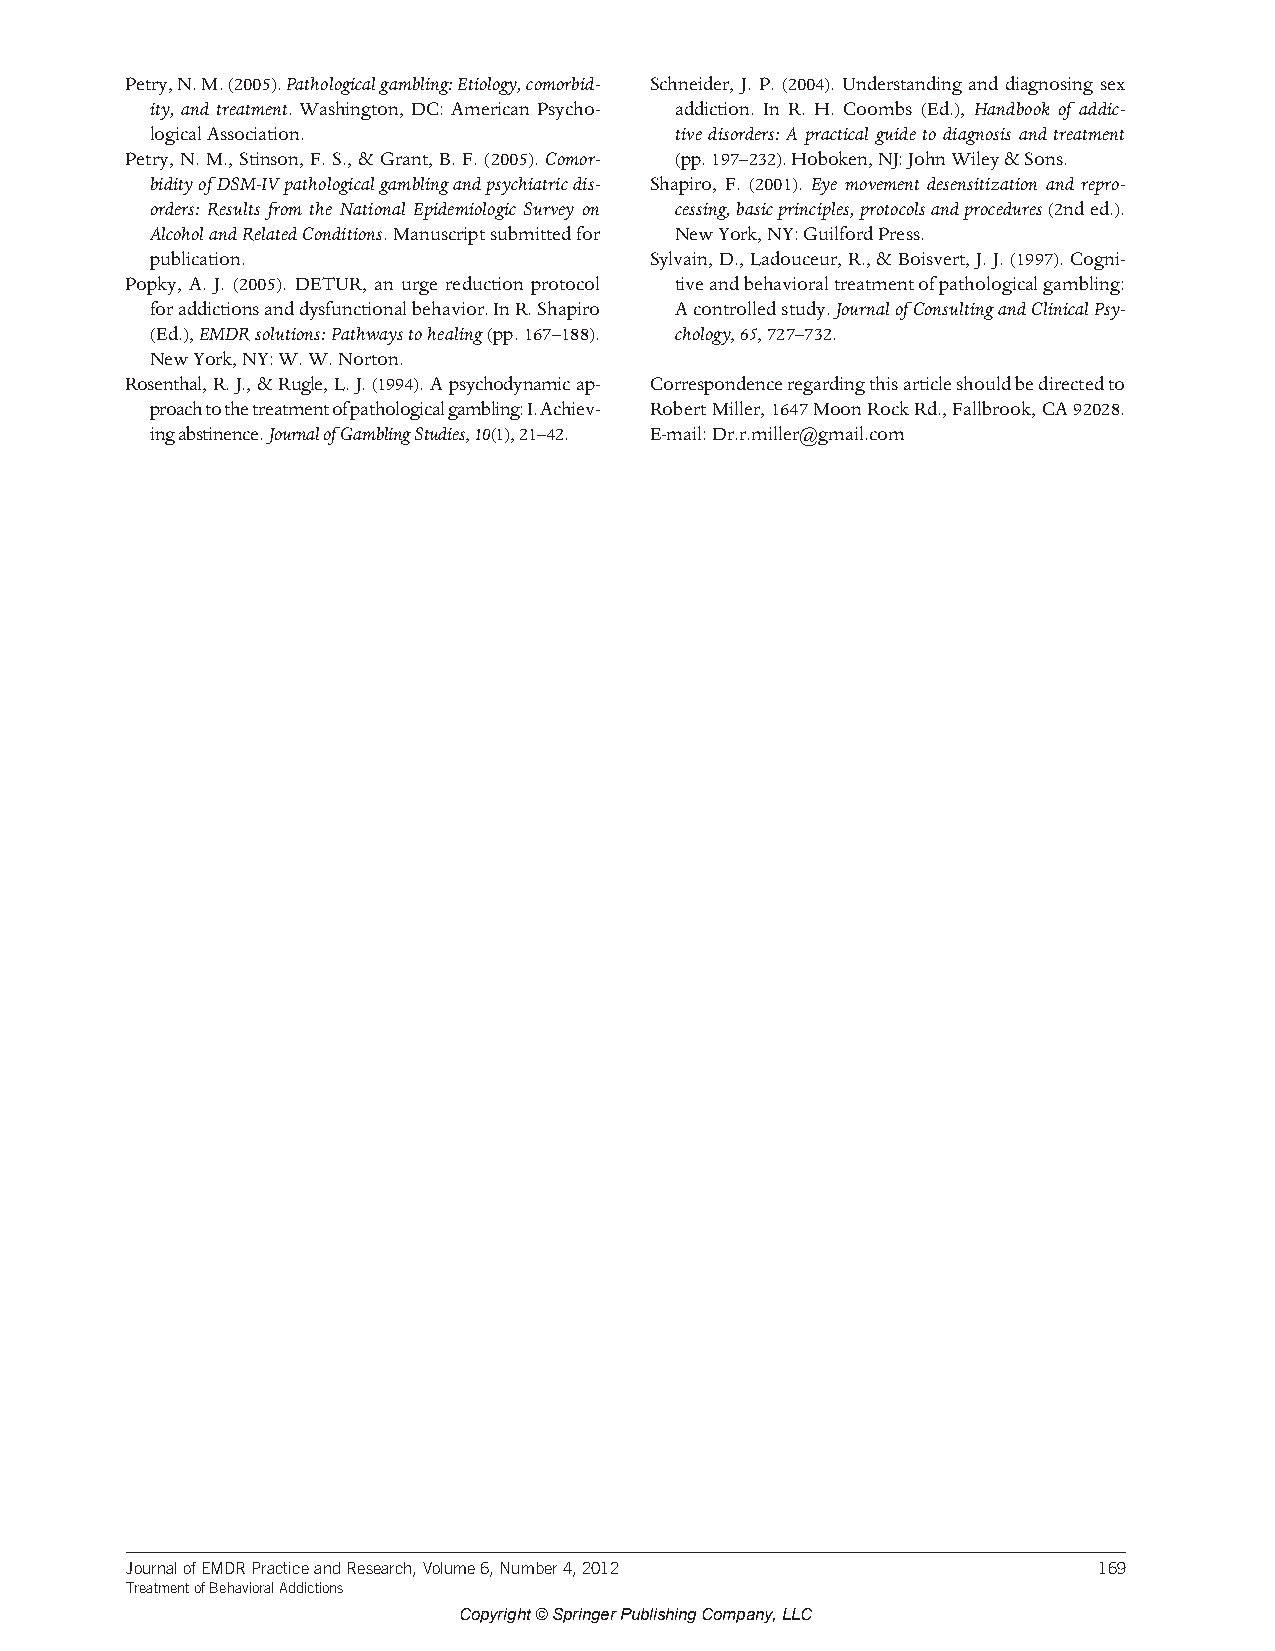
Petry, N. M. (2005). Pathological gambling: Etiology, comorbid- Schneider, J. P. (2004). Understanding and diagnosing sex
 ity, and treatment. Washington, DC: American Psycho- addiction. In R. H. Coombs (Ed.), Handbook of addic-
 logical Association.               tive disorders: A practical guide to diagnosis and treatment
 Petry, N. M., Stinson, F. S., & Grant, B. F. (2005). Comor- (pp. 197–232). Hoboken, NJ: John Wiley & Sons.
 bidity of DSM-IV pathological gambling and psychiatric dis- Shapiro, F. (2001). Eye movement desensitization and repro-
 orders: Results from the National Epidemiologic Survey on cessing, basic principles, protocols and procedures (2nd ed.).
 Alcohol and Related Conditions. Manuscript submitted for New York, NY: Guilford Press.
 publication.                     Sylvain, D., Ladouceur, R., & Boisvert, J. J. (1997). Cogni-
 Popky, A. J. (2005). DETUR, an urge reduction protocol tive and behavioral treatment of pathological gambling:
 for addictions and dysfunctional behavior. In R. Shapiro A controlled study. Journal of Consulting and Clinical Psy-
 (Ed.), EMDR solutions: Pathways to healing (pp. 167–188). chology, 65, 727–732.
 New York, NY: W. W. Norton.
 Rosenthal, R. J., & Rugle, L. J. (1994). A psychodynamic ap- Correspondence regarding this article should be directed to
 proach to the treatment of pathological gambling: I. Achiev- Robert Miller, 1647 Moon Rock Rd., Fallbrook, CA 92028.
 ing abstinence. Journal of Gambling Studies, 10(1), 21–42. E-mail: Dr.r.miller@gmail.com
 Journal of EMDR Practice and Research, Volume 6, Number 4, 2012  169
 Treatment of Behavioral Addictions
 Copyright©SpringerPublishingCompany,LLC